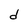
Character: d